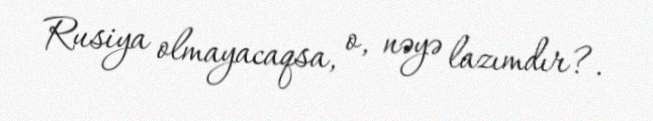
Rusiya olmayacaqsa, o, nəyə lazımdır?.